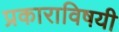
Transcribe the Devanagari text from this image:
प्रकाराविषयी